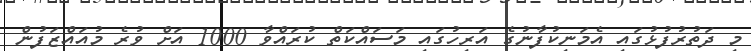
މި ދަތުރުފުޅުގައި އެމަނިކުފާނުގެ އަރިހުގައި މަސައްކަތް ކުރައްވާ 1000 އަށް ވުރެ މުއައްޒަފުން